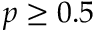
p \geq 0 . 5